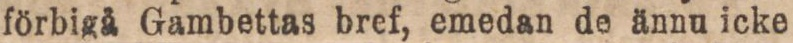
förbigå Gambettas bref, emedan de ännu icke